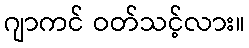
ဂျာကင် ဝတ်သင့်လား။